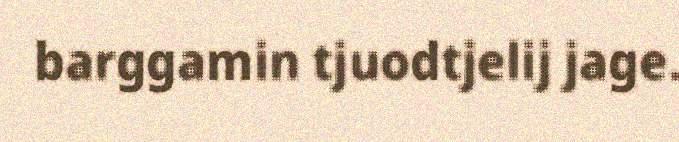
barggamin tjuodtjelij jage.